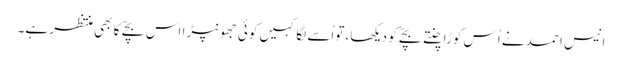
انیس احمد نے اُس کوڑا چنتے بچّے کو دیکھا، تواُسے لگا کہیں کوئی جھونپڑا اس بچّے کا بھی منتظر ہے۔